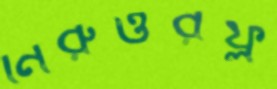
নিরুত্তরফ্ল